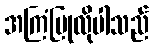
အကြံပြုလိုပါသည်